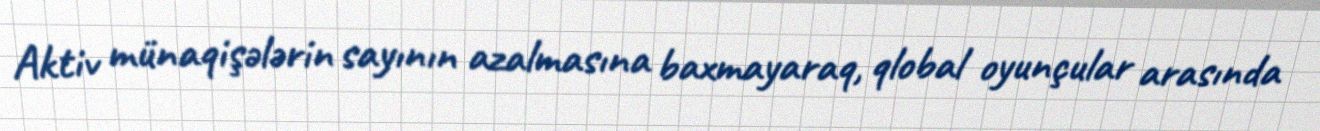
Aktiv münaqişələrin sayının azalmasına baxmayaraq, qlobal oyunçular arasında